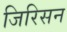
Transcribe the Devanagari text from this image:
जिरिसन